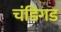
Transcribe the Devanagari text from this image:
चंडिगड